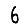
Digit: 6